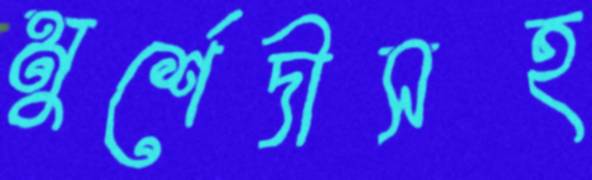
মুর্শেদীসহ